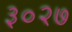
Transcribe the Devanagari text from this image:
३०२७